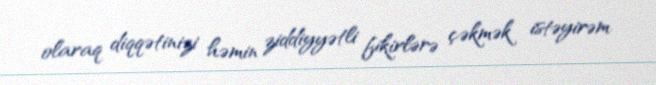
olaraq diqqətinizi həmin ziddiyyətli fikirlərə çəkmək istəyirəm.